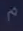
م